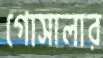
গোসালার